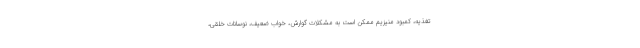
تغذیه، کمبود منیزیم ممکن است به مشکلات گوارش، خواب ضعیف، نوسانات خلقی،